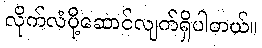
လိုက်လံပို့ဆောင်လျက်ရှိပါတယ်။